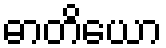
ဓာတိယော